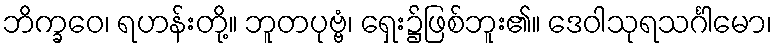
ဘိက္ခဝေ၊ ရဟန်းတို့။ ဘူတပုဗ္ဗံ၊ ရှေး၌ဖြစ်ဘူး၏။ ဒေဝါသုရသင်္ဂါမော၊